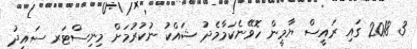
3 2018 ގައި ރައީސް ޔާމީން ހޮވޭނެކަމާމެދު ޝައްކު ނުކުރުމަށް މިނިސްޓަރ ސައީދު